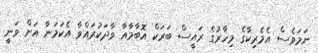
ނަމަވެސް އެމެރިކާގެ މިހާރުގެ ރައީސް ބަރަކް އޮބާމާއާ ވާދަކުރައްވާ އެކަމަނާ އަށް ވަނީ